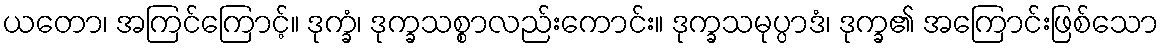
ယတော၊ အကြင်ကြောင့်။ ဒုက္ခံ၊ ဒုက္ခသစ္စာလည်းကောင်း။ ဒုက္ခသမုပ္ပာဒံ၊ ဒုက္ခ၏ အကြောင်းဖြစ်သော